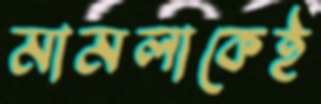
মামলাকেই